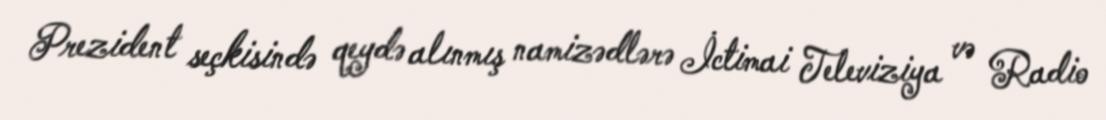
Prezident seçkisində qeydə alınmış namizədlərə İctimai Televiziya və Radio